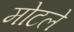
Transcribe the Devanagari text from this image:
मोटले